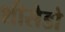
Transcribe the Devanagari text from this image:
शीसेडो